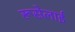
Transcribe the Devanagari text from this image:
रूसेलाई